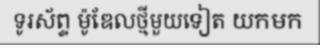
ទូរស័ព្ទ ម៉ូឌែលថ្មីមួយទៀត យកមក